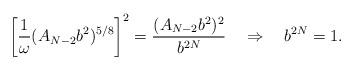
LaTeX: \begin{align*}\left[\frac{1}{\omega} (A_{N-2}b^2)^{5/8}\right]^2=\frac{( A_{N-2}b^2)^2}{b^{2N}}\quad \Rightarrow \quad b^{2N}=1.\end{align*}